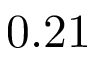
0 . 2 1